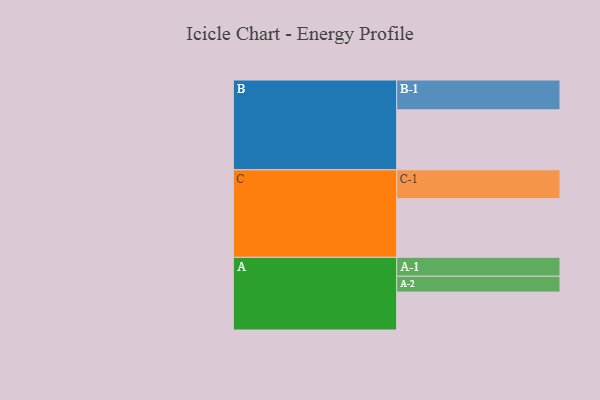
{"axis": {"x": "Segment", "y": "Value"}, "legend": ["", "A", "B", "C"], "data": [{"x": "A", "y": 301, "type": ""}, {"x": "B", "y": 476, "type": ""}, {"x": "C", "y": 466, "type": ""}, {"x": "A-1", "y": 150, "type": "A"}, {"x": "A-2", "y": 126, "type": "A"}, {"x": "B-1", "y": 237, "type": "B"}, {"x": "C-1", "y": 229, "type": "C"}]}